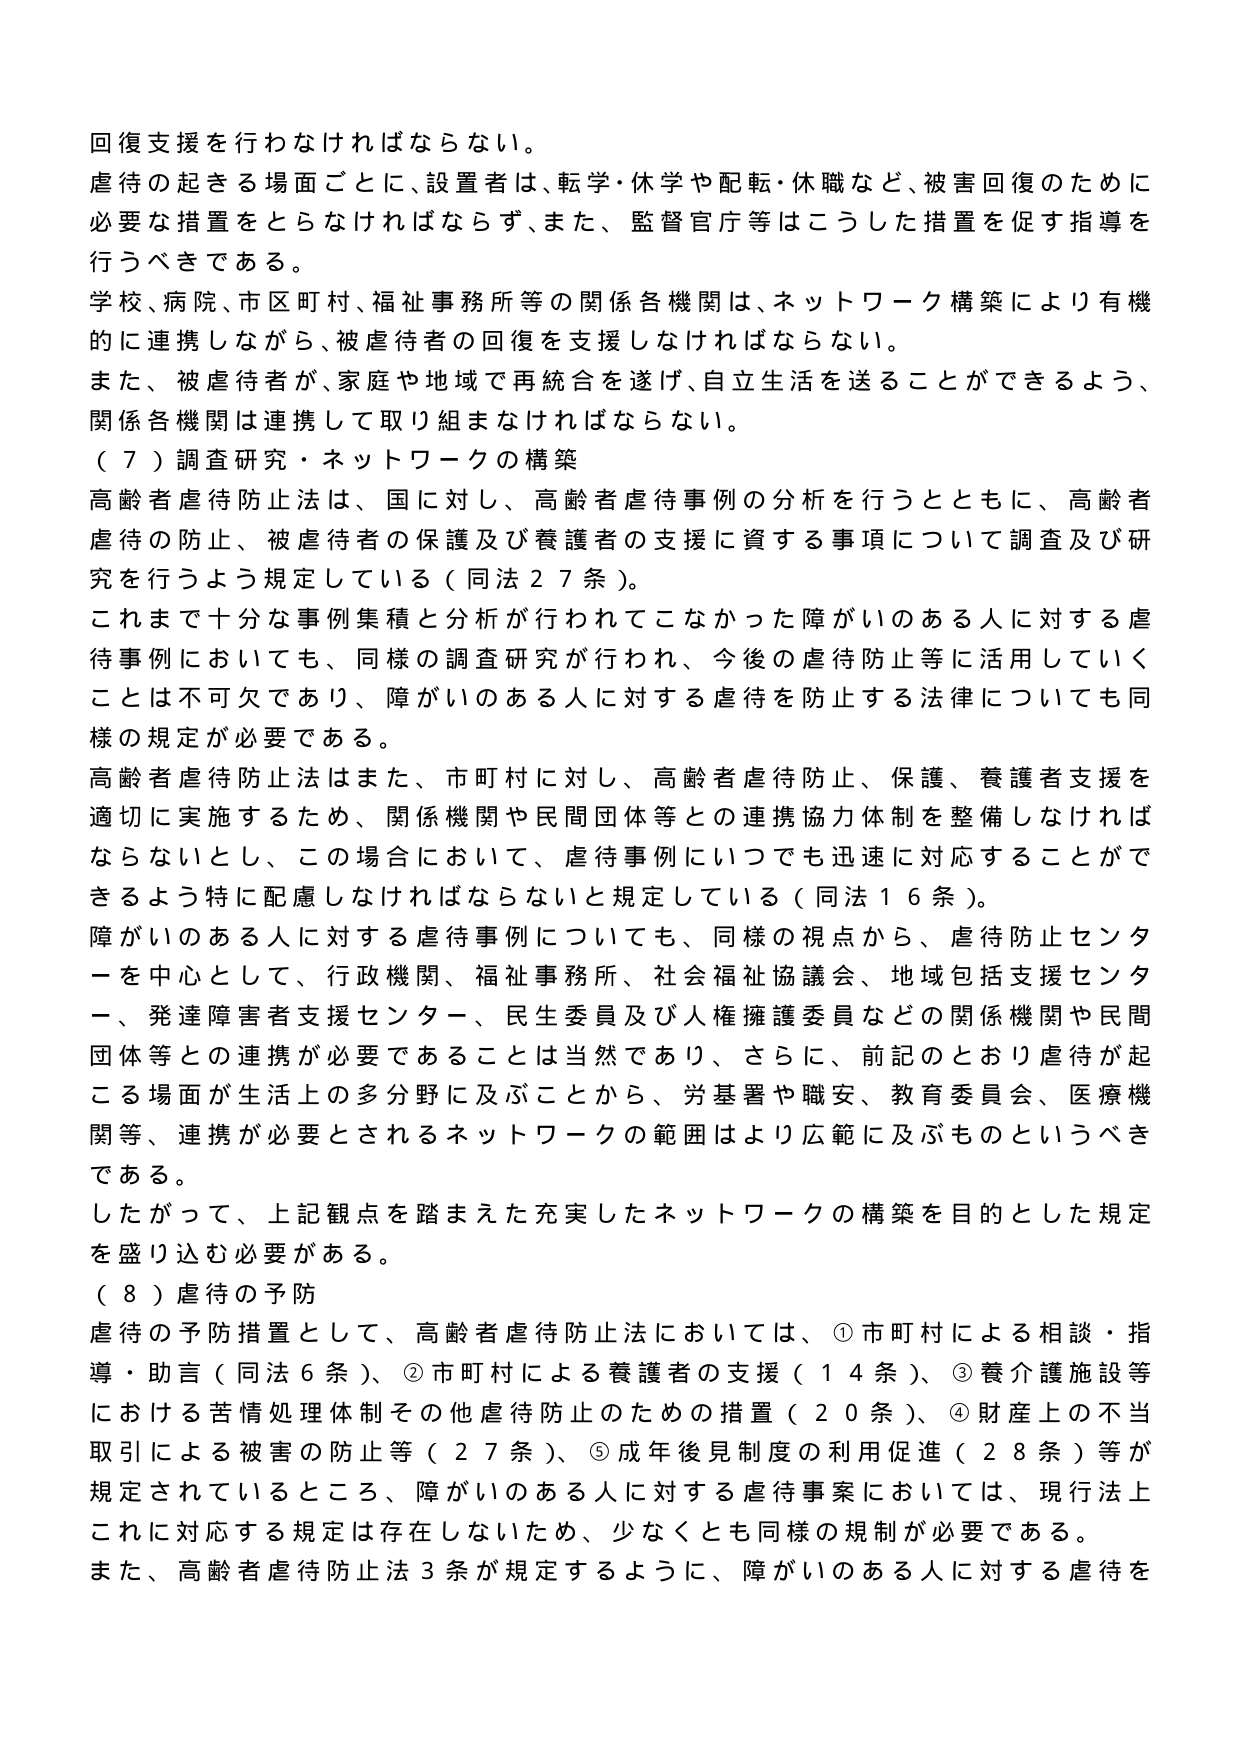
回復支援を行わなければならない。
虐待の起きる場面ごとに、設置者は、転学・休学や配転・休職など、被害回復のために必要な措置をとらなければならないず、また、監督官庁等はこうした措置を促す指導を行うべきである。
学校、病院、市区町村、福祉事務所等の関係各機関は、ネットワーク構築により有機的に連携しながら、被虐待者の回復を支援しなければならない。
また、被虐待者が、家庭や地域で再統合を遂げ、自立生活を送ることができるよう、関係各機関は連携して取り組まなければならない。
（７）調査研究・ネットワークの構築
高齢者虐待防止法は、国に対し、高齢者虐待事例の分析を行うとともに、高齢者虐待の防止、被虐待者の保護及び養護者の支援に資する事項について調査及び研究を行うよう規定している（同法２７条）。
これまで十分な事例集積と分析が行われてこなかった障がいのある人に対する虐待事例においても、同様の調査研究が行われ、今後の虐待防止等に活用していくことは不可欠であり、障がいのある人に対する虐待を防止する法律についても同様の規定が必要である。
高齢者虐待防止法はまた、市町村に対し、高齢者虐待防止、保護、養護者支援を適切に実施するため、関係機関や民間団体等との連携協力体制を整備しなければならないとし、この場合において、虐待事例についても迅速に対応することができるよう特に配慮しなければならないと規定している（同法１６条）。
障がいのある人に対する虐待事例についても、同様の視点から、虐待防止センターを中心として、行政機関、福祉事務所、社会福祉協議会、地域包括支援センター、発達障害者支援センター、民生委員及び人権擁護委員などの関係機関や民間団体等との連携が必要であることは当然であり、さらに、前記のとおり虐待が起こる場面が生活上の多分野に及ぶことから、労基署や職安、教育委員会、医療機関等、連携が必要とされるネットワークの範囲はより広範に及ぶものというべきである。
したがって、上記観点を踏まえた充実したネットワークの構築を目的とした規定を盛り込む必要がある。
（８）虐待の予防
虐待の予防措置として、高齢者虐待防止法においては、①市町村による相談・指導・助言（同法６条）、②市町村による養護者の支援（１４条）、③養介護施設等における苦情処理体制その他虐待防止のための措置（２０条）、④財産上の不当取引による被害の防止等（２７条）、⑤成年後見制度の利用促進（２８条）等が規定されているところ、障がいのある人に対する虐待事案においては、現行法上これに対応する規定は存在しないため、少なくとも同様の規制が必要である。
また、高齢者虐待防止法３条が規定するように、障がいのある人に対する虐待を